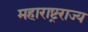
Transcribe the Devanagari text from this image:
महाराष्ट्रराज्य